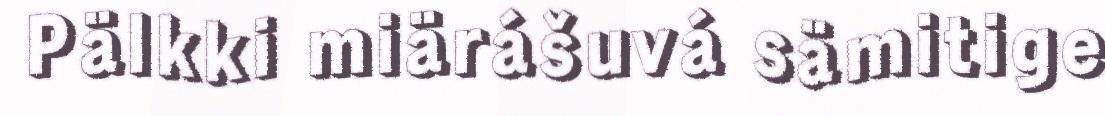
Pälkki miärášuvá sämitige